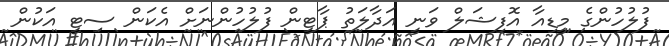
ފުލުހުންގެ މީޑިއާ އޮފިޝަލް ވަނީ އަދާލަތު ޕާޓީން ފުލުހުންނަށް އެކަން ސިޓީ އަކުން